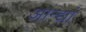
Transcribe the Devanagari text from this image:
आन्द्यां